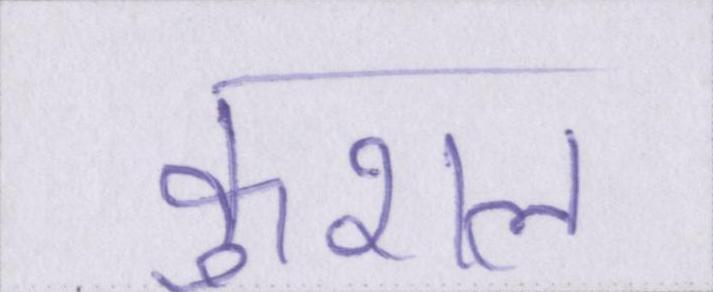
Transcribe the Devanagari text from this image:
कुशल